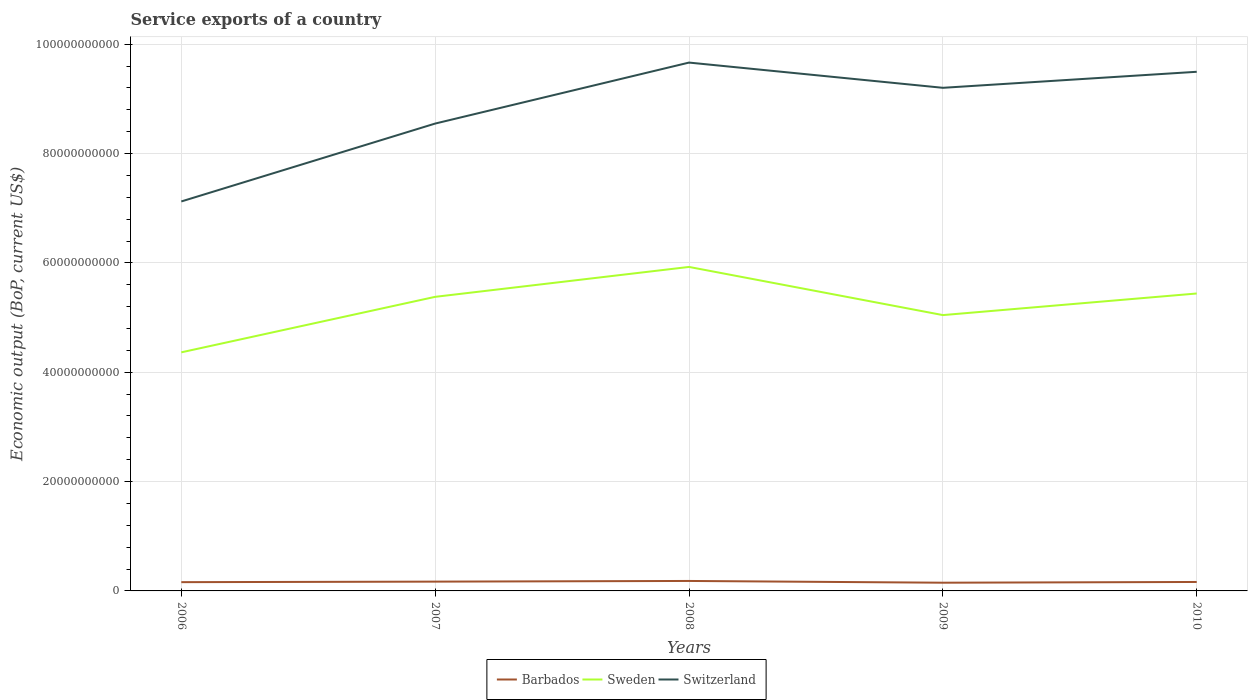
| Years | Barbados | Sweden | Switzerland |
 | --- | --- | --- | --- |
 | 2006 | 1.6e+09 | 4.36e+10 | 7.12e+10 |
 | 2007 | 1.7e+09 | 5.38e+10 | 8.55e+10 |
 | 2008 | 1.82e+09 | 5.93e+10 | 9.66e+10 |
 | 2009 | 1.5e+09 | 5.05e+10 | 9.2e+10 |
 | 2010 | 1.64e+09 | 5.44e+10 | 9.5e+10 |